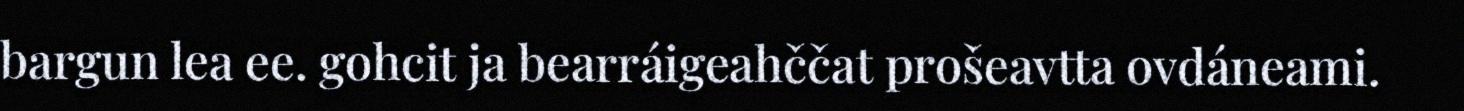
bargun lea ee. gohcit ja bearráigeahččat prošeavtta ovdáneami.